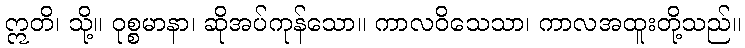
ဣတိ၊ သို့။ ဝုစ္စမာနာ၊ ဆိုအပ်ကုန်သော။ ကာလဝိသေသာ၊ ကာလအထူးတို့သည်။